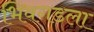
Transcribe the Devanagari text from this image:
भिवगडला